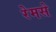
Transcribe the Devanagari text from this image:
रेमसे